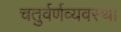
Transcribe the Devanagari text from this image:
चतुर्वर्णव्यवस्था